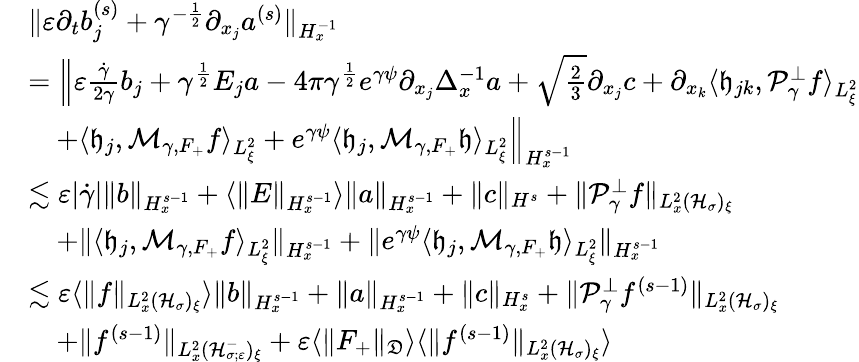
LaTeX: \begin{array}{rl}&{\| \varepsilon\partial_{t}b_{j}^{(s)}+\gamma^{-\frac{1}{2}}\partial_{x_{j}}a^{(s)}\| _{H_{x}^{-1}}}\\ &{=\Big\| \varepsilon\frac{\dot{\gamma}}{2\gamma}b_{j}+\gamma^{\frac{1}{2}}E_{j}a-4\pi\gamma^{\frac{1}{2}}e^{\gamma\psi}\partial_{x_{j}}\Delta_{x}^{-1}a+\sqrt{\frac{2}{3}}\partial_{x_{j}}c+\partial_{x_{k}}\langle\mathfrak h_{jk},\mathcal P_{\gamma}^{\perp}f\rangle_{L_{\xi}^{2}}}\\ &{\quad+\langle\mathfrak h_{j},\mathcal M_{\gamma,F_{+}}f\rangle_{L_{\xi}^{2}}+e^{\gamma\psi}\langle\mathfrak h_{j},\mathcal M_{\gamma,F_{+}}\mathfrak h\rangle_{L_{\xi}^{2}}\Big\| _{H_{x}^{s-1}}}\\ &{\lesssim\varepsilon|\dot{\gamma}|\| b\| _{H_{x}^{s-1}}+\langle\| E\| _{H_{x}^{s-1}}\rangle\| a\| _{H_{x}^{s-1}}+\| c\| _{H^{s}}+\| \mathcal P_{\gamma}^{\perp}f\| _{L_{x}^{2}(\mathcal H_{\sigma})_{\xi}}}\\ &{\quad+\| \langle\mathfrak h_{j},\mathcal M_{\gamma,F_{+}}f\rangle_{L_{\xi}^{2}}\| _{H_{x}^{s-1}}+\| e^{\gamma\psi}\langle\mathfrak h_{j},\mathcal M_{\gamma,F_{+}}\mathfrak h\rangle_{L_{\xi}^{2}}\| _{H_{x}^{s-1}}}\\ &{\lesssim\varepsilon\langle\| f\| _{L_{x}^{2}(\mathcal H_{\sigma})_{\xi}}\rangle\| b\| _{H_{x}^{s-1}}+\| a\| _{H_{x}^{s-1}}+\| c\| _{H_{x}^{s}}+\| \mathcal P_{\gamma}^{\perp}f^{(s-1)}\| _{L_{x}^{2}(\mathcal H_{\sigma})_{\xi}}}\\ &{\quad+\| f^{(s-1)}\| _{L_{x}^{2}(\mathcal H_{\sigma;\varepsilon}^{-})_{\xi}}+\varepsilon\langle\| F_{+}\| _{\mathfrak D}\rangle\langle\| f^{(s-1)}\| _{L_{x}^{2}(\mathcal H_{\sigma})_{\xi}}\rangle}\end{array}